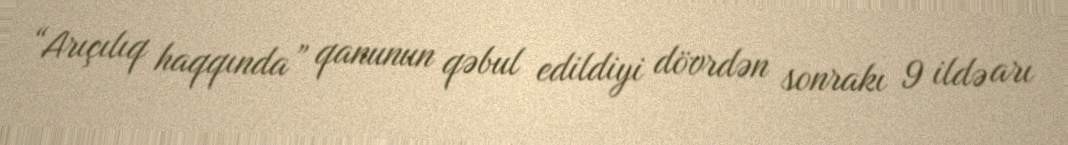
“Arıçılıq haqqında” qanunun qəbul edildiyi dövrdən sonrakı 9 ildə arı